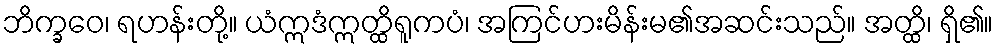
ဘိက္ခဝေ၊ ရဟန်းတို့။ ယံဣဒံဣတ္ထိရူကပံ၊ အကြင်ဟးမိန်းမ၏အဆင်းသည်။ အတ္ထိ၊ ရှိ၏။